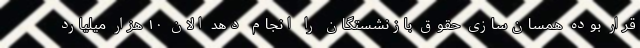
قرار بوده همسان‌سازی حقوق بازنشستگان را انجام دهد الان ۱۰ هزار میلیارد